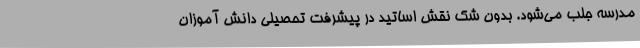
مدرسه جلب می‌شود. بدون شک نقش اساتید در پیشرفت تحصیلی دانش آموزان